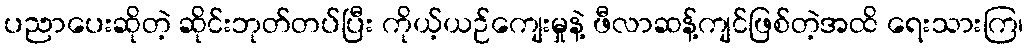
ပညာပေးဆိုတဲ့ ဆိုင်းဘုတ်တပ်ပြီး ကိုယ့်ယဉ်ကျေးမှုနဲ့ ဖီလာဆန့်ကျင်ဖြစ်တဲ့အထိ ရေးသားကြ၊